Manual of the Civil Veterinary Department, Central Provinces and Berar
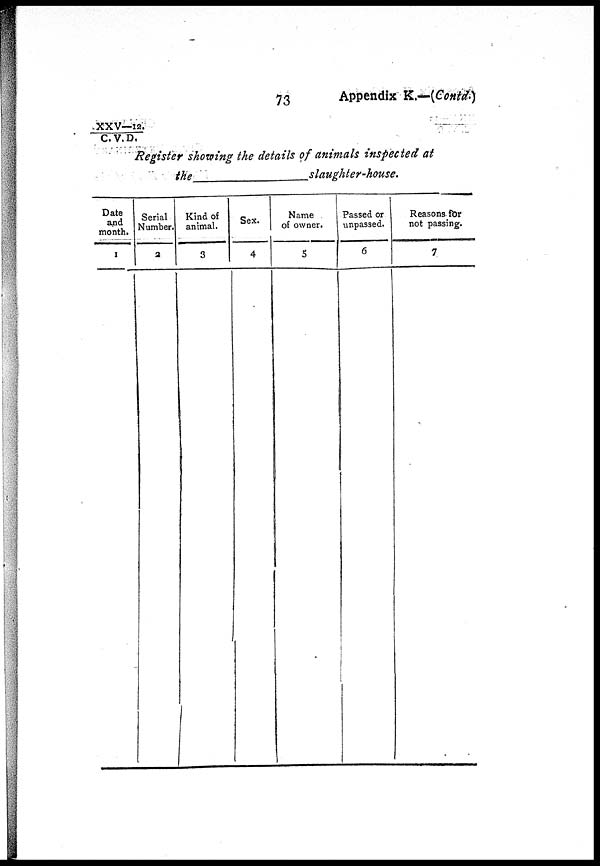
73
Appendix K.—(Contd.)
XXV—12. /
C. V. D.
Register showing the details of animals inspected at
the
slaughter-house.
Date
and
month.
1
Serial
Number.
2
Kind of
animal.
3
Sex.
4
Name
of owner.
5
Passed or
unpassed.
6
Reasons for
not passing.
7